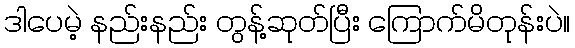
ဒါပေမဲ့ နည်းနည်း တွန့်ဆုတ်ပြီး ကြောက်မိတုန်းပဲ။